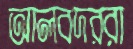
আলবদররা